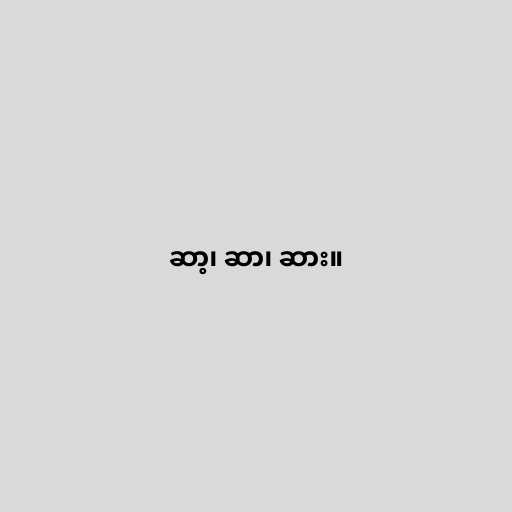
ဆာ့၊ ဆာ၊ ဆား။